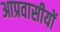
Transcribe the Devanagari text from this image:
आप्रवासीयों